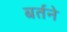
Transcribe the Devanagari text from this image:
बर्तने